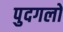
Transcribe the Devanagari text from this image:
पुदगलों